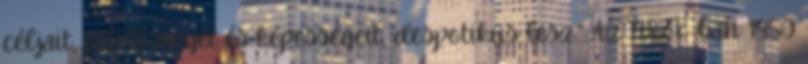
céljait, felelősségét és képességeit, despotikus lesz.” Az NSZK-ban 1950